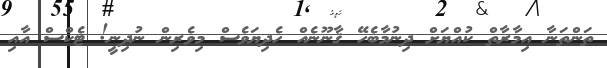
ތަންތަނާ އިމާރާތް ކުއްޔަށް ދިނުމާބެހޭ ޤާނޫނެއް ހެދިޔަވެސް މިވެރިން ނުދިނީ! ޓެކްސް އާއި